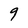
Character: 9